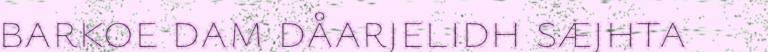
barkoe dam dåarjelidh sæjhta